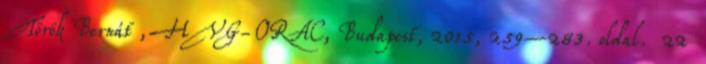
Török Bernát , HVG-ORAC, Budapest, 2015, 259–283. oldal. 22